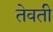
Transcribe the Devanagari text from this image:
तेवती